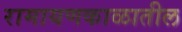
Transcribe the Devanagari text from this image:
रामायणकाळातील